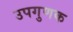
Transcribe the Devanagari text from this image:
उपगुणक